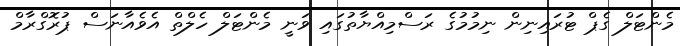
މެންޓަލް ގެޕް ޓުރައިނިން ނިމުމުގެ ރަސްމިއްޔާތުގައި ވަނީ މެންޓަލް ހެލްތް އެވެއާނަސް ޕުރޮގްރާމް